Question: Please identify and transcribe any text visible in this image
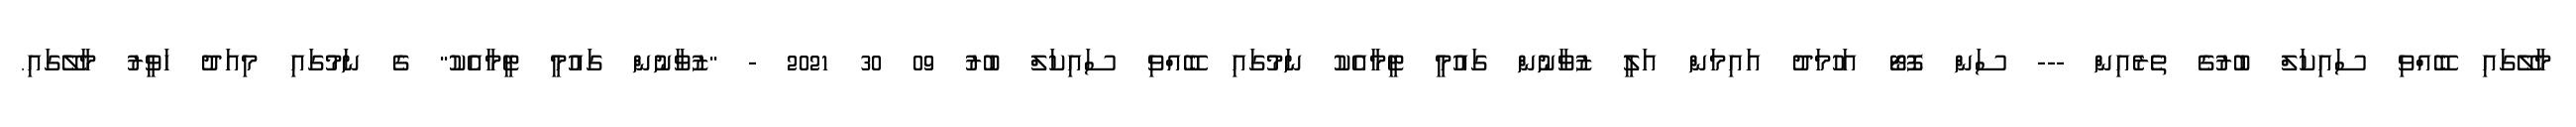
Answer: މާލޭގައި ބޭއްވި ސައިކަލް ބުރުގެ ތެރެއިން --- ސަން ފޮޓޯ އަހުމަދު އައިމަން އަލީ ޒުވާނުން ގައުމީ ޓީމާއެކު ނަމުގައި ބޭއްވި ސައިކަލް ބުރު 09 30 2021 - "ޒުވާނުން ގައުމީ ޓީމާއެކު" ގެ ނަމުގައި މިއަދު ހަވީރު މާލޭގައި.